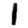
Digit: 1